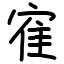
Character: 寉